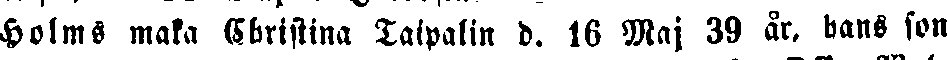
Holms maka Christina Taipalin d. 16 Maj 39 år, hans fon